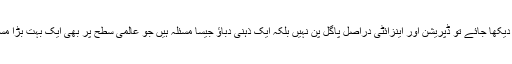
تاہم اگر دیکھا جائے تو ڈپریشن اور اینزائٹی دراصل پاگل پن نہیں بلکہ ایک ذہنی دباؤ جیسا مسئلہ ہیں جو عالمی سطح پر بھی ایک بہت بڑا مسئلہ ہے۔